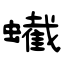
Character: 蠘